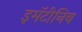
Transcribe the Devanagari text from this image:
इमॅटीनिब